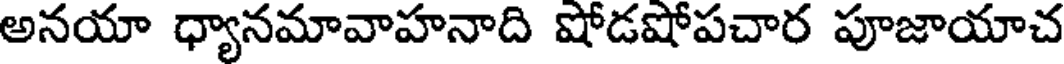
అనయా ధ్యానమావాహనాది షోడషోపచార పూజాయాచ